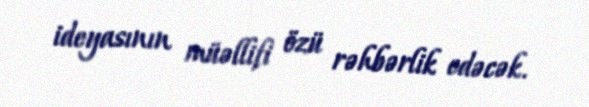
ideyasının müəllifi özü rəhbərlik edəcək.